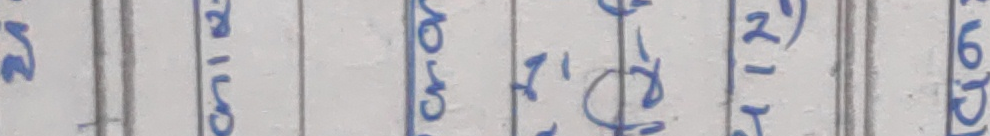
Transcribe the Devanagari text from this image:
२१ चिस५ करो घिर लोख पेक ६िप